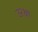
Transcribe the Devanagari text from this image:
उरक्षा